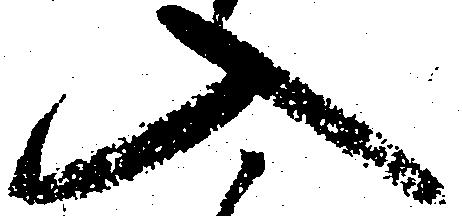
入